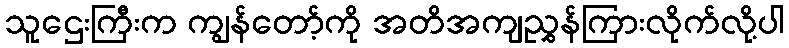
သူဌေးကြီးက ကျွန်တော့်ကို အတိအကျညွှန်ကြားလိုက်လို့ပါ